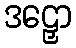
ဒဠှော